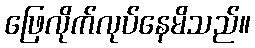
ဖြေလိုက်လုပ်နေမိသည်။